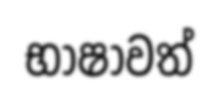
භාෂාවත්